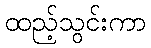
ထည့်သွင်းကာ